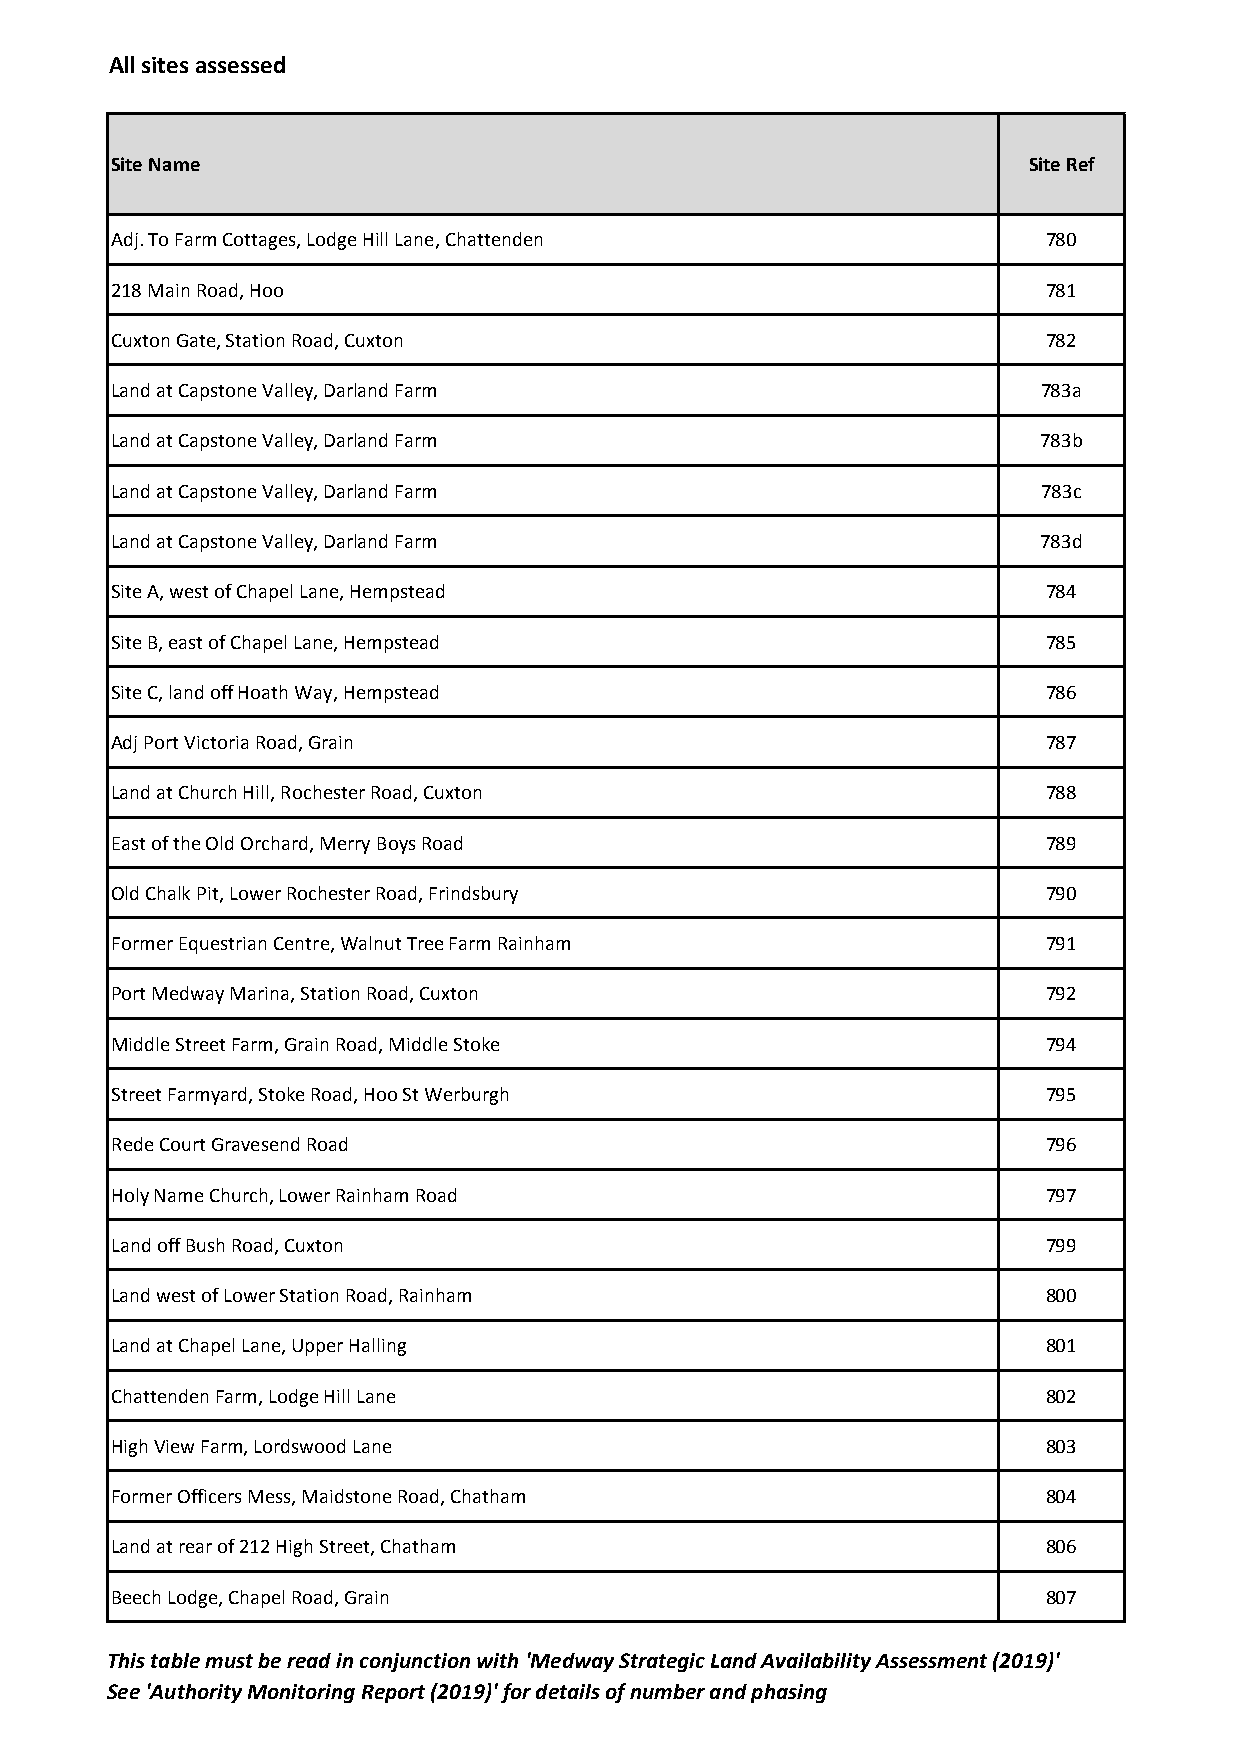
All sites assessed
 Site Name                                                    Site Ref
 Adj. To Farm Cottages, Lodge Hill Lane, Chattenden            780
 218 Main Road, Hoo                                            781
 Cuxton Gate, Station Road, Cuxton                             782
 Land at Capstone Valley, Darland Farm                         783a
 Land at Capstone Valley, Darland Farm                         783b
 Land at Capstone Valley, Darland Farm                         783c
 Land at Capstone Valley, Darland Farm                         783d
 Site A, west of Chapel Lane, Hempstead                        784
 Site B, east of Chapel Lane, Hempstead                        785
 Site C, land off Hoath Way, Hempstead                         786
 Adj Port Victoria Road, Grain                                 787
 Land at Church Hill, Rochester Road, Cuxton                   788
 East of the Old Orchard, Merry Boys Road                      789
 Old Chalk Pit, Lower Rochester Road, Frindsbury               790
 Former Equestrian Centre, Walnut Tree Farm Rainham            791
 Port Medway Marina, Station Road, Cuxton                      792
 Middle Street Farm, Grain Road, Middle Stoke                  794
 Street Farmyard, Stoke Road, Hoo St Werburgh                  795
 Rede Court Gravesend Road                                     796
 Holy Name Church, Lower Rainham Road                          797
 Land off Bush Road, Cuxton                                    799
 Land west of Lower Station Road, Rainham                      800
 Land at Chapel Lane, Upper Halling                            801
 Chattenden Farm, Lodge Hill Lane                              802
 High View Farm, Lordswood Lane                                803
 Former Officers Mess, Maidstone Road, Chatham                 804
 Land at rear of 212 High Street, Chatham                      806
 Beech Lodge, Chapel Road, Grain                               807
 This table must be read in conjunction with 'Medway Strategic Land Availability Assessment (2019)'
 See 'Authority Monitoring Report (2019)' for details of number and phasing